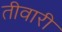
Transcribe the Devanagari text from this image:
तीवारी